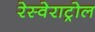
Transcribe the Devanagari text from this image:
रेस्वेराट्रोल